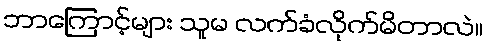
ဘာကြောင့်များ သူမ လက်ခံလိုက်မိတာလဲ။